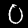
Digit: 0